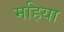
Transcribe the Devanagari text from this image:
महिया